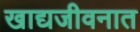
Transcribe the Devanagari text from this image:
खाद्यजीवनात